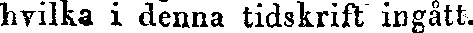
hvilka i denna tidskrift ingått.